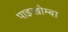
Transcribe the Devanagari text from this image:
पाइखोम्बा